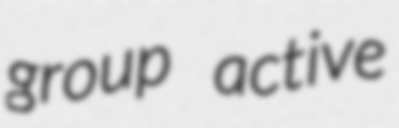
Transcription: group active